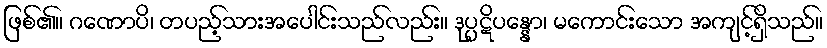
ဖြစ်၏။ ဂဏောပိ၊ တပည့်သားအပေါင်းသည်လည်း။ ဒုပ္ပဋိပန္နော၊ မကောင်းသော အကျင့်ရှိသည်။